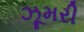
ઝૂમરી